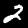
Label: 2